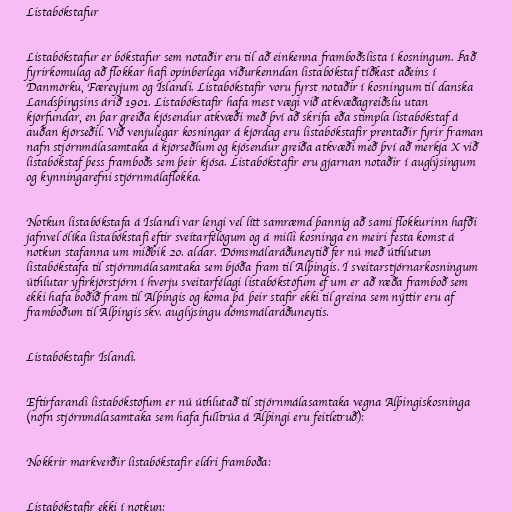
Listabókstafur

Listabókstafur er bókstafur sem notaðir eru til að einkenna framboðslista í kosningum. Það
fyrirkomulag að flokkar hafi opinberlega viðurkenndan listabókstaf tíðkast aðeins í
Danmörku, Færeyjum og Íslandi. Listabókstafir voru fyrst notaðir í kosningum til danska
Landsþingsins árið 1901. Listabókstafir hafa mest vægi við atkvæðagreiðslu utan
kjörfundar, en þar greiða kjósendur atkvæði með því að skrifa eða stimpla listabókstaf á
auðan kjörseðil. Við venjulegar kosningar á kjördag eru listabókstafir prentaðir fyrir framan
nafn stjórnmálasamtaka á kjörseðlum og kjósendur greiða atkvæði með því að merkja X við
listabókstaf þess framboðs sem þeir kjósa. Listabókstafir eru gjarnan notaðir í auglýsingum
og kynningarefni stjórnmálaflokka.

Notkun listabókstafa á Íslandi var lengi vel lítt samræmd þannig að sami flokkurinn hafði
jafnvel ólíka listabókstafi eftir sveitarfélögum og á milli kosninga en meiri festa komst á
notkun stafanna um miðbik 20. aldar. Dómsmálaráðuneytið fer nú með úthlutun
listabókstafa til stjórnmálasamtaka sem bjóða fram til Alþingis. Í sveitarstjórnarkosningum
úthlutar yfirkjörstjórn í hverju sveitarfélagi listabókstöfum ef um er að ræða framboð sem
ekki hafa boðið fram til Alþingis og koma þá þeir stafir ekki til greina sem nýttir eru af
framboðum til Alþingis skv. auglýsingu dómsmálaráðuneytis.

Listabókstafir Íslandi.

Eftirfarandi listabókstöfum er nú úthlutað til stjórnmálasamtaka vegna Alþingiskosninga
(nöfn stjórnmálasamtaka sem hafa fulltrúa á Alþingi eru feitletruð):

Nokkrir markverðir listabókstafir eldri framboða:

Listabókstafir ekki í notkun: